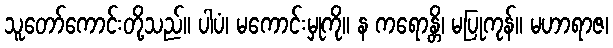
သူတော်ကောင်းတို့သည်။ ပါပံ၊ မကောင်းမှုကို။ န ကရောန္တိ၊ မပြုကုန်။ မဟာရာဇ၊